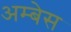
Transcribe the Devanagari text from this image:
अम्बेस